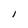
Character: I